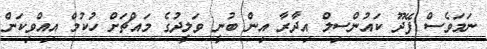
ނަމަވެސް ފޭދޫ ކައުންސިލް އިދާރާ އިން ބުނީ ވަލީދުގެ މައްޗަށް ހުކުމް އިއްވިކަން